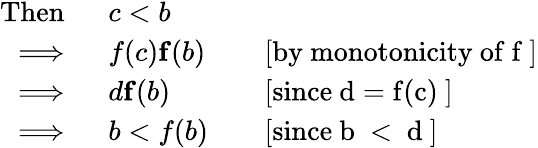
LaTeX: \begin{array}{rlrl}{\mathrm{Then}\; \; }&{c<b}\\ {\implies\; }&{f(c)\le f(b)}&&{\mathrm{[by~monotonicity~of~f~]}}\\ {\implies\; }&{d\le f(b)}&&{\mathrm{[since~d=f(c)~]}}\\ {\implies\; }&{b<f(b)}&&{\mathrm{[since~b~<~d~]}}\end{array}